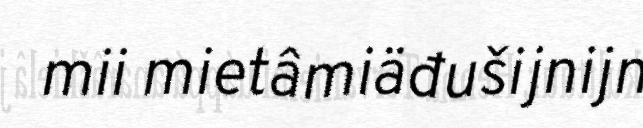
mii mietâmiäđušijnijn